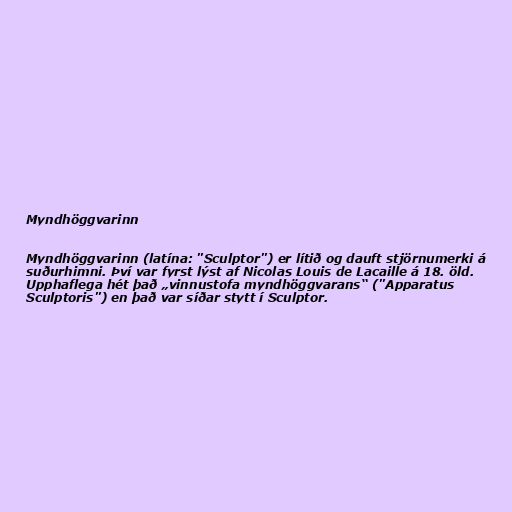
Myndhöggvarinn

Myndhöggvarinn (latína: "Sculptor") er lítið og dauft stjörnumerki á
suðurhimni. Því var fyrst lýst af Nicolas Louis de Lacaille á 18. öld.
Upphaflega hét það „vinnustofa myndhöggvarans“ ("Apparatus
Sculptoris") en það var síðar stytt í Sculptor.